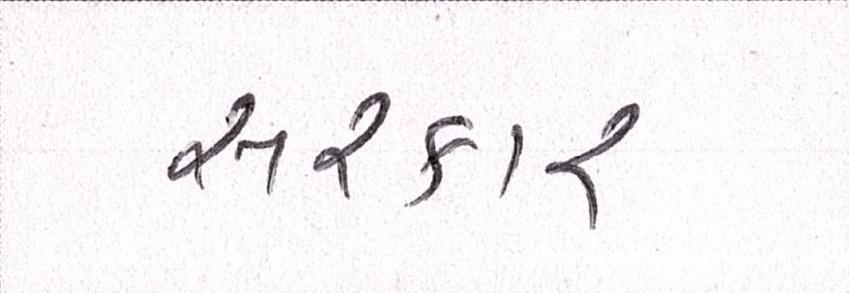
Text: સરકાર